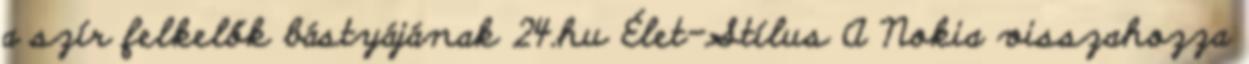
a szír felkelők bástyájának 24.hu Élet-Stílus A Nokia visszahozza